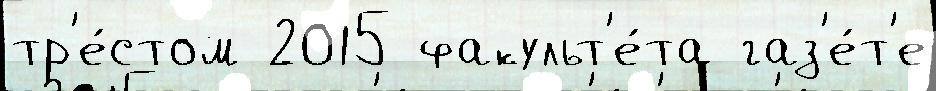
тр'е́стом 2015 факульт'е́та газ'е́т'е